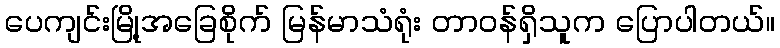
ပေကျင်းမြို့အခြေစိုက် မြန်မာသံရုံး တာဝန်ရှိသူက ပြောပါတယ်။